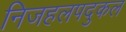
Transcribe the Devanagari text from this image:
निजहलपदुकल